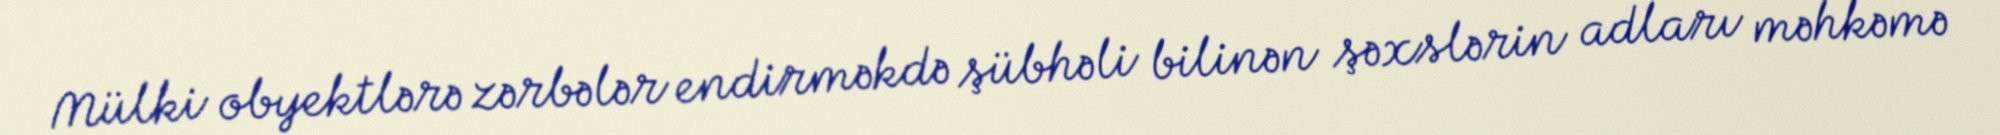
Mülki obyektlərə zərbələr endirməkdə şübhəli bilinən şəxslərin adları məhkəmə